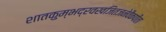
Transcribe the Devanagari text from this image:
शातकुम्भद्रवखजितजनेवैकपीता